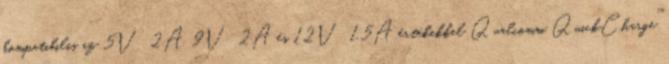
kompatibilis az 5V 2A, 9V 2A és 12V 1.5A értékekkel Qualcomm QuickCharge™